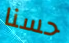
حسنا